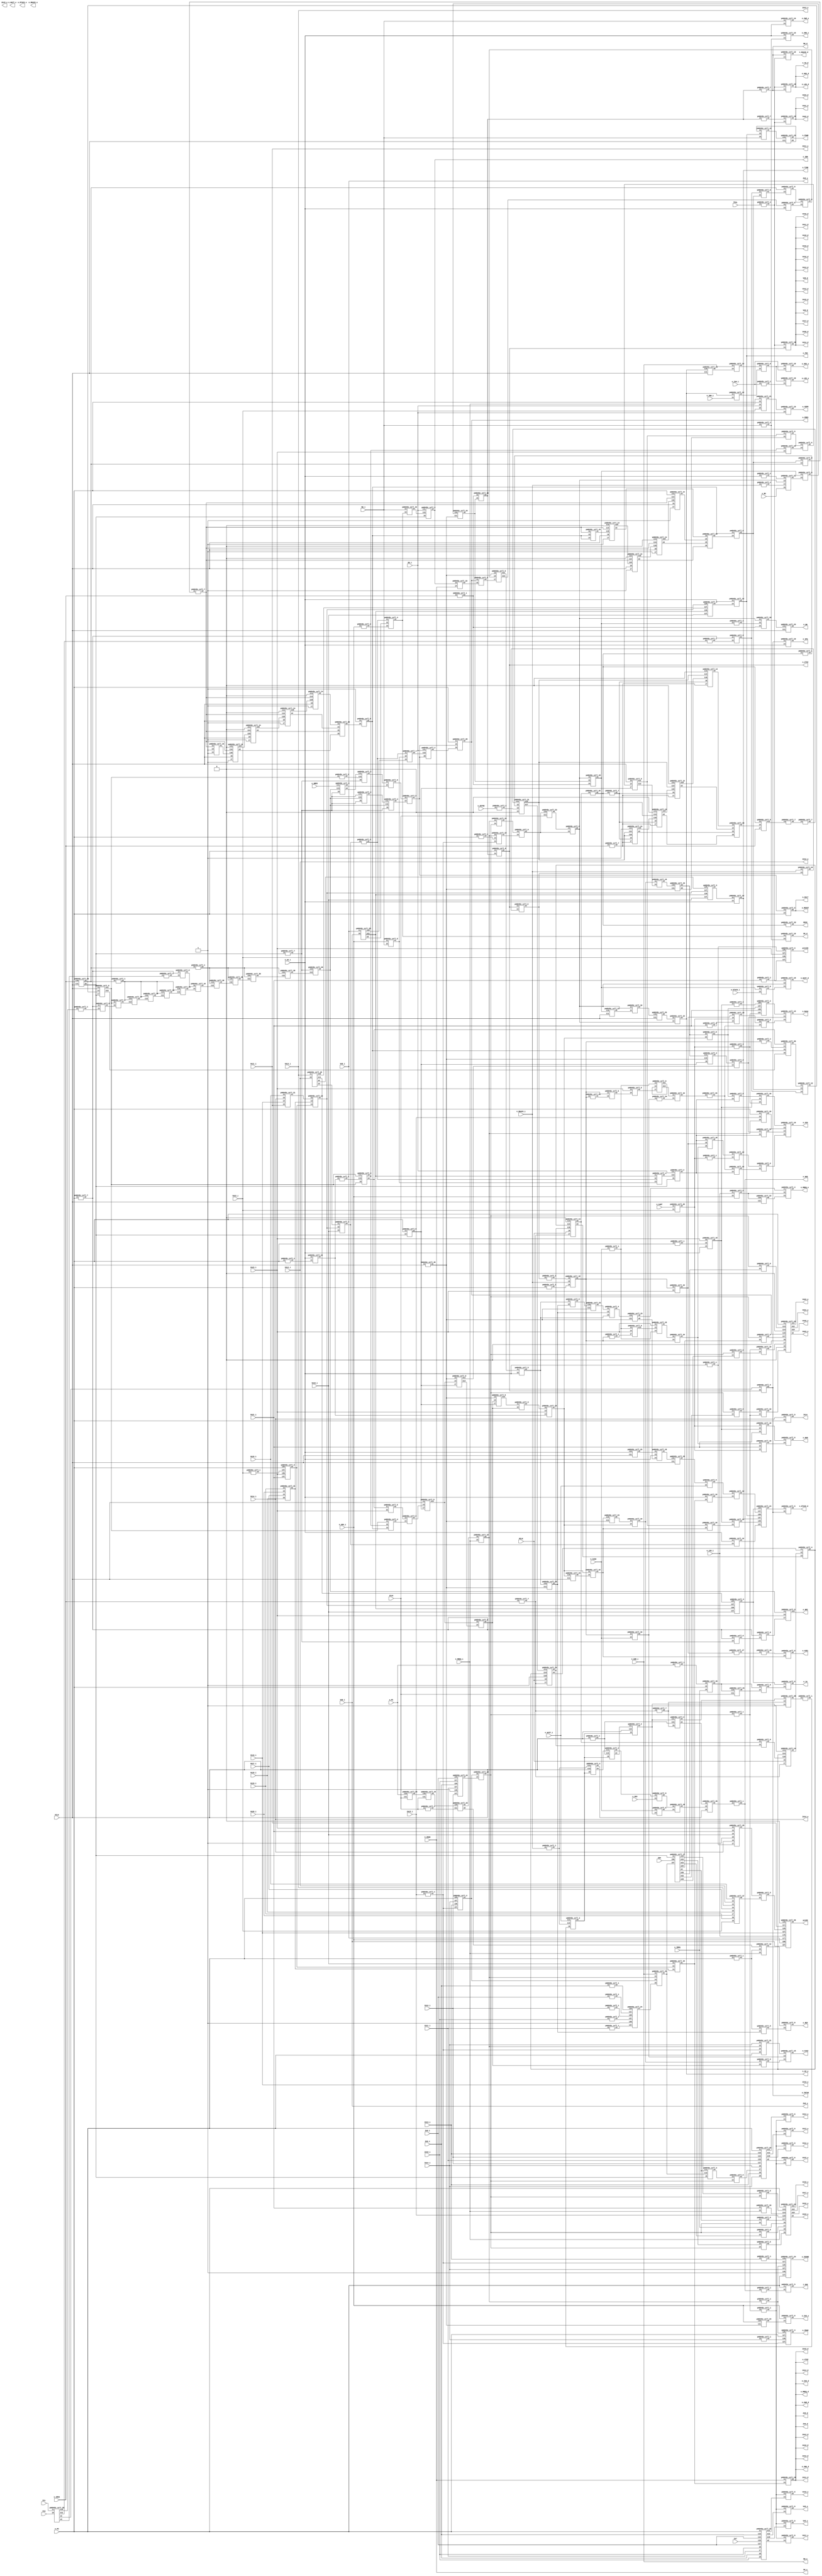
// This program was cloned from: https://github.com/emu-russia/SEGAChips
// License: Creative Commons Zero v1.0 Universal

module ym6045c (  VA8_o, VA8_d, VA8_i, VA9_o, VA9_d, VA9_i, VA10_o, VA10_d, VA10_i, VA11_o, VA11_d, VA11_i, VA12_o, VA12_d, VA12_i, VA13_o, VA13_d, VA13_i, VA14_o, VA14_d, VA14_i, VA15_o, VA15_d, VA15_i, VA16_o, VA16_d, VA16_i, VA17_o, VA17_d, VA17_i, VA18_o, VA18_d, VA18_i, VA19_o, VA19_d, VA19_i, VA20_o, VA20_d, VA20_i, VA21_o, VA21_d, VA21_i, VA22_o, VA22_d, VA22_i, VA23_o, VA23_d, VA23_i, FC0, FC1, n_VPA, n_RESET, n_HALT, D8_o, D8_d, D8_i, VCLK, n_TIME, n_CAS0, n_DTACK_o, n_DTACK_d, n_DTACK_i, RW_i, RW_d, RW_o, n_LDS_o, n_LDS_d, n_LDS_i, n_UDS_i, n_UDS_d, n_UDS_o, n_AS_o, n_AS_d, n_AS_i, n_INTAK, n_VDPM, n_BG, n_BGACK_i, n_BGACK_d, n_BGACK_o, n_BR, i_EOE, IA14, n_NOE, EDCK, n_OE0, n_HSYNC, MCLK, TPAL, n_SOUND, ZCLK, n_WRES, n_ZRAM, n_REF, n_M1, n_ZRES, n_ZBR, n_WAIT_o, n_WAIT_d, n_WAIT_i, n_ZBAK, n_ZWR_o, n_ZWR_d, n_ZWR_i, n_ZRD_i, n_ZRD_d, n_ZRD_o, n_IREQ, n_MREQ_i, n_MREQ_d, n_MREQ_o, n_NMI, n_ZA0_i, n_ZA0_d, n_ZA0_o, ZA7, ZA8_i, ZA8_d, ZA8_o, ZA9_o, ZA9_d, ZA9_i, ZA10_i, ZA10_d, ZA10_o, ZA11_o, ZA11_d, ZA11_i, ZA12_o, ZA12_d, ZA12_i, ZA13_i, ZA13_d, ZA13_o, ZA14_o, ZA14_d, ZA14_i, ZA15_i, ZA15_d, ZA15_o, ZD0, n_FDWR, n_FDC, n_ROM, n_ASEL, n_CAS2, n_RAS2, n_CE0, n_VTOZ, n_ZTOV, n_SRES, n_IO, n_M3, n_CART, pin99, pin100);

	output wire VA8_o;
	output wire VA8_d;
	input wire VA8_i;
	output wire VA9_o;
	output wire VA9_d;
	input wire VA9_i;
	output wire VA10_o;
	output wire VA10_d;
	input wire VA10_i;
	output wire VA11_o;
	output wire VA11_d;
	input wire VA11_i;
	output wire VA12_o;
	output wire VA12_d;
	input wire VA12_i;
	output wire VA13_o;
	output wire VA13_d;
	input wire VA13_i;
	output wire VA14_o;
	output wire VA14_d;
	input wire VA14_i;
	output wire VA15_o;
	output wire VA15_d;
	input wire VA15_i;
	output wire VA16_o;
	output wire VA16_d;
	input wire VA16_i;
	output wire VA17_o;
	output wire VA17_d;
	input wire VA17_i;
	output wire VA18_o;
	output wire VA18_d;
	input wire VA18_i;
	output wire VA19_o;
	output wire VA19_d;
	input wire VA19_i;
	output wire VA20_o;
	output wire VA20_d;
	input wire VA20_i;
	output wire VA21_o;
	output wire VA21_d;
	input wire VA21_i;
	output wire VA22_o;
	output wire VA22_d;
	input wire VA22_i;
	output wire VA23_o;
	output wire VA23_d;
	input wire VA23_i;
	input wire FC0;
	input wire FC1;
	output wire n_VPA;
	output wire n_RESET;
	output wire n_HALT;
	output wire D8_o;
	output wire D8_d;
	input wire D8_i;
	input wire VCLK;
	output wire n_TIME;
	input wire n_CAS0;
	output wire n_DTACK_o;
	output wire n_DTACK_d;
	input wire n_DTACK_i;
	input wire RW_i;
	output wire RW_d;
	output wire RW_o;
	output wire n_LDS_o;
	output wire n_LDS_d;
	input wire n_LDS_i;
	input wire n_UDS_i;
	output wire n_UDS_d;
	output wire n_UDS_o;
	output wire n_AS_o;
	output wire n_AS_d;
	input wire n_AS_i;
	output wire n_INTAK;
	output wire n_VDPM;
	input wire n_BG;
	input wire n_BGACK_i;
	output wire n_BGACK_d;
	output wire n_BGACK_o;
	output wire n_BR;
	output wire i_EOE;
	output wire IA14;
	output wire n_NOE;
	output wire EDCK;
	input wire n_OE0;
	input wire n_HSYNC;
	input wire MCLK;
	input wire TPAL;
	output wire n_SOUND;
	input wire ZCLK;
	input wire n_WRES;
	output wire n_ZRAM;
	output wire n_REF;
	input wire n_M1;
	output wire n_ZRES;
	output wire n_ZBR;
	output wire n_WAIT_o;
	output wire n_WAIT_d;
	input wire n_WAIT_i;
	input wire n_ZBAK;
	output wire n_ZWR_o;
	output wire n_ZWR_d;
	input wire n_ZWR_i;
	input wire n_ZRD_i;
	output wire n_ZRD_d;
	output wire n_ZRD_o;
	input wire n_IREQ;
	input wire n_MREQ_i;
	output wire n_MREQ_d;
	output wire n_MREQ_o;
	output wire n_NMI;
	input wire n_ZA0_i;
	output wire n_ZA0_d;
	output wire n_ZA0_o;
	input wire ZA7;
	input wire ZA8_i;
	output wire ZA8_d;
	output wire ZA8_o;
	output wire ZA9_o;
	output wire ZA9_d;
	input wire ZA9_i;
	input wire ZA10_i;
	output wire ZA10_d;
	output wire ZA10_o;
	output wire ZA11_o;
	output wire ZA11_d;
	input wire ZA11_i;
	output wire ZA12_o;
	output wire ZA12_d;
	input wire ZA12_i;
	input wire ZA13_i;
	output wire ZA13_d;
	output wire ZA13_o;
	output wire ZA14_o;
	output wire ZA14_d;
	input wire ZA14_i;
	input wire ZA15_i;
	output wire ZA15_d;
	output wire ZA15_o;
	input wire ZD0;
	output wire n_FDWR;
	output wire n_FDC;
	output wire n_ROM;
	output wire n_ASEL;
	output wire n_CAS2;
	output wire n_RAS2;
	output wire n_CE0;
	output wire n_VTOZ;
	output wire n_ZTOV;
	input wire n_SRES;
	output wire n_IO;
	input wire n_M3;
	input wire n_CART;
	output wire pin99;
	output wire pin100;

	// Wires

	wire w1;
	wire w2;
	wire w3;
	wire w4;
	wire w5;
	wire w6;
	wire w7;
	wire w8;
	wire w9;
	wire w10;
	wire w11;
	wire w12;
	wire w13;
	wire w14;
	wire w15;
	wire w16;
	wire w17;
	wire w18;
	wire w19;
	wire w20;
	wire w21;
	wire w22;
	wire w23;
	wire w24;
	wire w25;
	wire w26;
	wire w27;
	wire w28;
	wire w29;
	wire w30;
	wire w31;
	wire w32;
	wire w33;
	wire w34;
	wire w35;
	wire w36;
	wire w37;
	wire w38;
	wire w39;
	wire w40;
	wire w41;
	wire w42;
	wire w43;
	wire w44;
	wire w45;
	wire w46;
	wire w47;
	wire w48;
	wire w49;
	wire w50;
	wire w51;
	wire w52;
	wire w53;
	wire w54;
	wire w55;
	wire w56;
	wire w57;
	wire w58;
	wire w59;
	wire w60;
	wire w61;
	wire w62;
	wire w63;
	wire w64;
	wire w65;
	wire w66;
	wire w67;
	wire w68;
	wire w69;
	wire w70;
	wire w71;
	wire w72;
	wire w73;
	wire w74;
	wire w75;
	wire w76;
	wire w77;
	wire w78;
	wire w79;
	wire w80;
	wire w81;
	wire w82;
	wire w83;
	wire w84;
	wire w85;
	wire w86;
	wire w87;
	wire w88;
	wire w89;
	wire w90;
	wire w91;
	wire w92;
	wire w93;
	wire w94;
	wire w95;
	wire w96;
	wire w97;
	wire w98;
	wire w99;
	wire w100;
	wire w101;
	wire w102;
	wire w103;
	wire w104;
	wire w105;
	wire w106;
	wire w107;
	wire w108;
	wire w109;
	wire w110;
	wire w111;
	wire w112;
	wire w113;
	wire w114;
	wire w115;
	wire w116;
	wire w117;
	wire w118;
	wire w119;
	wire w120;
	wire w121;
	wire w122;
	wire w123;
	wire w124;
	wire w125;
	wire w126;
	wire w127;
	wire w128;
	wire w129;
	wire w130;
	wire w131;
	wire w132;
	wire w133;
	wire w134;
	wire w135;
	wire w136;
	wire w137;
	wire w138;
	wire w139;
	wire w140;
	wire w141;
	wire w142;
	wire w143;
	wire w144;
	wire w145;
	wire w146;
	wire w147;
	wire w148;
	wire w149;
	wire w150;
	wire w151;
	wire w152;
	wire w153;
	wire w154;
	wire w155;
	wire w156;
	wire w157;
	wire w158;
	wire w159;
	wire w160;
	wire w161;
	wire w162;
	wire w163;
	wire w164;
	wire w165;
	wire w166;
	wire w167;
	wire w168;
	wire w169;
	wire w170;
	wire w171;
	wire w172;
	wire w173;
	wire w174;
	wire w175;
	wire w176;
	wire w177;
	wire w178;
	wire w179;
	wire w180;
	wire w181;
	wire w182;
	wire w183;
	wire w184;
	wire w185;
	wire w186;
	wire w187;
	wire w188;
	wire w189;
	wire w190;
	wire w191;
	wire w192;
	wire w193;
	wire w194;
	wire w195;
	wire w196;
	wire w197;
	wire w198;
	wire w199;
	wire w200;
	wire w201;
	wire w202;
	wire w203;
	wire w204;
	wire w205;
	wire w206;
	wire w207;
	wire w208;
	wire w209;
	wire w210;
	wire w211;
	wire w212;
	wire w213;
	wire w214;
	wire w215;
	wire w216;
	wire w217;
	wire w218;
	wire w219;
	wire w220;
	wire w221;
	wire w222;
	wire w223;
	wire w224;
	wire w225;
	wire w226;
	wire w227;
	wire w228;
	wire w229;
	wire w230;
	wire w231;
	wire w232;
	wire w233;
	wire w234;
	wire w235;
	wire w236;
	wire w237;
	wire w238;
	wire w239;
	wire w240;
	wire w241;
	wire w242;
	wire w243;
	wire w244;
	wire w245;
	wire w246;
	wire w247;
	wire w248;
	wire w249;
	wire w250;
	wire w251;
	wire w252;
	wire w253;
	wire w254;
	wire w255;
	wire w256;
	wire w257;
	wire w258;
	wire w259;
	wire w260;
	wire w261;
	wire w262;
	wire w263;
	wire w264;
	wire w265;
	wire w266;
	wire w267;
	wire w268;
	wire w269;
	wire w270;
	wire w271;
	wire w272;
	wire w273;
	wire w274;
	wire w275;
	wire w276;
	wire w277;
	wire w278;
	wire w279;
	wire w280;
	wire w281;
	wire w282;
	wire w283;
	wire w284;
	wire w285;
	wire w286;
	wire w287;
	wire w288;
	wire w289;
	wire w290;
	wire w291;
	wire w292;
	wire w293;
	wire w294;
	wire w295;
	wire w296;
	wire w297;
	wire w298;
	wire w299;
	wire w300;
	wire w301;
	wire w302;
	wire w303;
	wire w304;
	wire w305;
	wire w306;
	wire w307;
	wire w308;
	wire w309;
	wire w310;
	wire w311;
	wire w312;
	wire w313;
	wire w314;
	wire w315;
	wire w316;
	wire w317;
	wire w318;
	wire w319;
	wire w320;
	wire w321;
	wire w322;
	wire w323;
	wire w324;
	wire w325;
	wire w326;
	wire w327;
	wire w328;
	wire w329;
	wire w330;
	wire w331;
	wire w332;
	wire w333;
	wire w334;
	wire w335;
	wire w336;
	wire w337;
	wire w338;
	wire w339;
	wire w340;
	wire w341;
	wire w342;
	wire w343;
	wire w344;
	wire w345;
	wire w346;
	wire w347;
	wire w348;
	wire w349;
	wire w350;
	wire w351;
	wire w352;
	wire w353;
	wire w354;
	wire w355;
	wire w356;
	wire w357;
	wire w358;
	wire w359;
	wire w360;
	wire w361;
	wire w362;
	wire w363;
	wire w364;
	wire w365;
	wire w366;
	wire w367;
	wire w368;
	wire w369;
	wire w370;
	wire w371;
	wire w372;
	wire w373;
	wire w374;
	wire w375;
	wire w376;
	wire w377;
	wire w378;
	wire w379;
	wire w380;
	wire w381;
	wire w382;
	wire w383;
	wire w384;
	wire w385;
	wire w386;
	wire w387;
	wire w388;
	wire w389;
	wire w390;
	wire w391;
	wire w392;
	wire w393;
	wire w394;
	wire w395;
	wire w396;
	wire w397;
	wire w398;
	wire w399;
	wire w400;
	wire w401;
	wire w402;
	wire w403;
	wire w404;
	wire w405;
	wire w406;
	wire w407;
	wire w408;
	wire w409;
	wire w410;
	wire w411;
	wire w412;
	wire w413;
	wire w414;
	wire w415;
	wire w416;
	wire w417;
	wire w418;
	wire w419;
	wire w420;
	wire w421;
	wire w422;
	wire w423;
	wire w424;
	wire w425;
	wire w426;
	wire w427;
	wire w428;
	wire w429;
	wire w430;
	wire w431;
	wire w432;
	wire w433;
	wire w434;
	wire w435;
	wire w436;
	wire w437;
	wire w438;
	wire w439;
	wire w440;
	wire w441;
	wire w442;
	wire w443;
	wire w444;
	wire w445;
	wire w446;
	wire w447;
	wire w448;
	wire w449;
	wire w450;
	wire w451;
	wire w452;
	wire w453;
	wire w454;
	wire w455;
	wire w456;
	wire w457;
	wire w458;
	wire w459;
	wire w460;
	wire w461;
	wire w462;
	wire w463;
	wire w464;
	wire w465;
	wire w466;
	wire w467;

	assign VA8_o = w451;
	assign VA8_d = w461;
	assign w92 = VA8_i;
	assign VA9_o = w452;
	assign VA9_d = w461;
	assign w51 = VA9_i;
	assign VA10_o = w453;
	assign VA10_d = w461;
	assign w62 = VA10_i;
	assign VA11_o = w450;
	assign VA11_d = w461;
	assign w61 = VA11_i;
	assign VA12_o = w454;
	assign VA12_d = w461;
	assign w299 = VA12_i;
	assign VA13_o = w455;
	assign VA13_d = w461;
	assign w314 = VA13_i;
	assign VA14_o = w456;
	assign VA14_d = w461;
	assign w110 = VA14_i;
	assign VA15_o = w457;
	assign VA15_d = w461;
	assign w365 = VA15_i;
	assign VA16_o = w465;
	assign VA16_d = w461;
	assign w113 = VA16_i;
	assign VA17_o = w354;
	assign VA17_d = w461;
	assign w370 = VA17_i;
	assign VA18_o = w458;
	assign VA18_d = w461;
	assign w372 = VA18_i;
	assign VA19_o = w459;
	assign VA19_d = w461;
	assign w371 = VA19_i;
	assign VA20_o = w467;
	assign VA20_d = w461;
	assign w381 = VA20_i;
	assign VA21_o = w397;
	assign VA21_d = w462;
	assign w23 = VA21_i;
	assign VA22_o = w396;
	assign VA22_d = w462;
	assign w294 = VA22_i;
	assign VA23_o = w460;
	assign VA23_d = w462;
	assign w66 = VA23_i;
	assign w399 = FC0;
	assign w398 = FC1;
	assign n_VPA = w400;
	assign n_RESET = w463;
	assign n_HALT = w463;
	assign D8_o = w71;
	assign D8_d = w413;
	assign w190 = D8_i;
	assign w188 = VCLK;
	assign n_TIME = w289;
	assign w291 = n_CAS0;
	assign n_DTACK_o = w162;
	assign n_DTACK_d = w161;
	assign w220 = n_DTACK_i;
	assign w56 = RW_i;
	assign RW_d = w160;
	assign RW_o = w63;
	assign n_LDS_o = w120;
	assign n_LDS_d = w464;
	assign w191 = n_LDS_i;
	assign w192 = n_UDS_i;
	assign n_UDS_d = w464;
	assign n_UDS_o = w116;
	assign n_AS_o = w122;
	assign n_AS_d = w464;
	assign w82 = n_AS_i;
	assign n_INTAK = w280;
	assign n_VDPM = w121;
	assign w126 = n_BG;
	assign w217 = n_BGACK_i;
	assign n_BGACK_d = w119;
	assign n_BGACK_o = w115;
	assign n_BR = w117;
	assign i_EOE = w151;
	assign IA14 = w153;
	assign n_NOE = w158;
	assign EDCK = w155;
	assign w112 = n_OE0;
	assign w100 = n_HSYNC;
	assign w149 = MCLK;
	assign w118 = TPAL;
	assign n_SOUND = w108;
	assign w157 = ZCLK;
	assign w67 = n_WRES;
	assign n_ZRAM = w69;
	assign n_REF = w96;
	assign w104 = n_M1;
	assign n_ZRES = w94;
	assign n_ZBR = w93;
	assign n_WAIT_o = w68;
	assign n_WAIT_d = w105;
	assign w111 = n_WAIT_i;
	assign w71 = n_ZBAK;
	assign n_ZWR_o = w75;
	assign n_ZWR_d = w70;
	assign w63 = n_ZWR_i;
	assign w102 = n_ZRD_i;
	assign n_ZRD_d = w70;
	assign n_ZRD_o = w95;
	assign w109 = n_IREQ;
	assign w125 = n_MREQ_i;
	assign n_MREQ_d = w70;
	assign n_MREQ_o = w103;
	assign n_NMI = w74;
	assign w123 = n_ZA0_i;
	assign n_ZA0_d = w70;
	assign n_ZA0_o = w73;
	assign w20 = ZA7;
	assign w27 = ZA8_i;
	assign ZA8_d = w70;
	assign ZA8_o = w92;
	assign ZA9_o = w51;
	assign ZA9_d = w70;
	assign w21 = ZA9_i;
	assign w19 = ZA10_i;
	assign ZA10_d = w70;
	assign ZA10_o = w62;
	assign ZA11_o = w61;
	assign ZA11_d = w70;
	assign w39 = ZA11_i;
	assign ZA12_o = w299;
	assign ZA12_d = w70;
	assign w40 = ZA12_i;
	assign w55 = ZA13_i;
	assign ZA13_d = w70;
	assign ZA13_o = w314;
	assign ZA14_o = w110;
	assign ZA14_d = w70;
	assign w239 = ZA14_i;
	assign w34 = ZA15_i;
	assign ZA15_d = w70;
	assign ZA15_o = w1;
	assign w245 = ZD0;
	assign n_FDWR = w50;
	assign n_FDC = w91;
	assign n_ROM = w29;
	assign n_ASEL = w2;
	assign n_CAS2 = w49;
	assign n_RAS2 = w64;
	assign n_CE0 = w22;
	assign n_VTOZ = w70;
	assign n_ZTOV = w281;
	assign w107 = n_SRES;
	assign n_IO = w106;
	assign w37 = n_M3;
	assign w300 = n_CART;
	assign pin99 = w83;
	assign pin100 = w326;

	// Instances

	ym6045c_cell_1 g1 (.i2(w140), .o3(w158) );
	ym6045c_cell_6 g2 (.o2(w148), .i3(w142), .i4(w144) );
	ym6045c_cell_5 g3 (.i1(w37), .i2(w128), .o3(w151) );
	ym6045c_cell_7 g4 (.o2(w156), .i3(w152) );
	ym6045c_cell_5 g5 (.i1(w110), .i2(w37), .o3(w153) );
	ym6045c_cell_4 g6 (.i1(w143), .i2(w150), .i3(w141), .o4(w139) );
	ym6045c_cell_16 g7 (.o2(w97), .i4(w142) );
	ym6045c_cell_14 g8 (.o2(w144), .o3(w143), .i6(w149), .i7(w114), .i13(w154), .i14(w139), .i18(1'b1) );
	ym6045c_cell_14 g9 (.o3(w150), .i6(w149), .i7(w114), .i13(1'b1), .i14(w139), .i18(w148) );
	ym6045c_cell_1 g10 (.i2(w97), .o3(w99) );
	ym6045c_cell_1 g11 (.i2(w100), .o3(w101) );
	ym6045c_cell_7 g12 (.o2(w114), .i3(w107) );
	ym6045c_cell_29 g13 (.o1(w65), .i2(w66), .i3(w23), .i4(w113), .i5(1'b1), .i6(w110), .i7(w207) );
	ym6045c_cell_7 g14 (.o2(w130), .i3(w97) );
	ym6045c_cell_30 g15 (.o2(w134), .i3(w136), .i4(w135), .i5(w129), .i6(w137) );
	ym6045c_cell_14 g16 (.o3(w136), .i6(w130), .i7(w132), .i13(1'b0), .i14(w124), .i18(w133) );
	ym6045c_cell_14 g17 (.o3(w135), .i6(w130), .i7(w132), .i13(1'b0), .i14(w124), .o15(w133), .i18(w145) );
	ym6045c_cell_14 g18 (.o3(w137), .i6(w130), .i7(w132), .i13(1'b0), .i14(w124), .o15(w145), .i18(w131) );
	ym6045c_cell_14 g19 (.o2(w142), .o3(w141), .i6(w149), .i7(w114), .i13(1'b0), .i14(w139), .i18(w144) );
	ym6045c_cell_9 g20 (.i3(w97), .i4(w134), .i7(w132), .o11(w127) );
	ym6045c_cell_31 g21 (.i2(w99), .i3(w101), .i4(1'b0), .i13(w156), .o16(w124), .o17(w154) );
	ym6045c_cell_32 g22 (.i1(w97), .o2(w155) );
	ym6045c_cell_27 g23 (.i2(1'b0) );
	ym6045c_cell_33 g24 (.i2(1'b0) );
	ym6045c_cell_6 g25 (.o2(w2), .i3(w3), .i4(w4) );
	ym6045c_cell_34 g26 (.o1(w3), .i2(w11) );
	ym6045c_cell_19 g27 (.o1(w22), .i2(w5), .i3(w14), .i4(w7), .i5(w15) );
	ym6045c_cell_10 g28 (.i2(w8), .o3(w7), .i4(w13) );
	ym6045c_cell_8 g29 (.o1(w12), .i2(w9), .i3(w13) );
	ym6045c_cell_18 g30 (.o1(w5), .i2(w12), .i3(w16), .i4(w18) );
	ym6045c_cell_1 g31 (.i2(w16), .o3(w6) );
	ym6045c_cell_3 g32 (.i2h(w6), .i2l(w9), .i3h(w23), .i3l(w18), .o4(w17) );
	ym6045c_cell_15 g33 (.o1(w64), .i2(w17), .i3(w8), .i4(w10) );
	ym6045c_cell_27 g34 (.o1(w11), .i2(w36) );
	ym6045c_cell_18 g35 (.o1(w14), .i2(w37), .i3(w34), .i4(w35) );
	ym6045c_cell_1 g36 (.i2(w27), .o3(w30) );
	ym6045c_cell_1 g37 (.i2(w19), .o3(w32) );
	ym6045c_cell_24 g38 (.i1h(w26), .i1l(w30), .i2h(w25), .i2l(w32), .i4h(1'b1), .i4l(w31), .o7(w38) );
	ym6045c_cell_1 g39 (.i2(w40), .o3(w25) );
	ym6045c_cell_1 g40 (.i2(w39), .o3(w31) );
	ym6045c_cell_24 g41 (.i1h(w27), .i1l(w19), .i2h(w21), .i2l(w39), .i4h(1'b1), .i4l(w40), .o7(w33) );
	ym6045c_cell_1 g42 (.i2(w21), .o3(w26) );
	ym6045c_cell_6 g43 (.o2(w29), .i3(w43), .i4(w248) );
	ym6045c_cell_15 g44 (.o1(w49), .i2(w54), .i3(w279), .i4(w87) );
	ym6045c_cell_21 g45 (.o1(w54), .i2(w239), .i3(w35), .i4(w60), .i5(w37) );
	ym6045c_cell_23 g46 (.o2(w50), .o5(w53), .i10(w52), .i11(w188) );
	ym6045c_cell_12 g47 (.o1(w52), .i2(w53), .i3(w91), .i4(w56) );
	ym6045c_cell_1 g48 (.i2(w34), .o3(w60) );
	ym6045c_cell_10 g49 (.i2(w59), .o3(w58), .i4(w33) );
	ym6045c_cell_6 g50 (.o2(w41), .i3(w57), .i4(w58) );
	ym6045c_cell_3 g51 (.i2h(w37), .i2l(w239), .i3h(w55), .i3l(w60), .o4(w59) );
	ym6045c_cell_21 g52 (.o1(w236), .i2(w63), .i3(w35), .i4(w59), .i5(w38) );
	ym6045c_cell_2 g53 (.o4(w57), .i9(w247), .i11(w237), .i13(w236) );
	ym6045c_cell_33 g54 (.o1(w44), .i2(w238) );
	ym6045c_cell_9 g55 (.i3(w235), .i4(w66), .i7(w234), .o13(w74) );
	ym6045c_cell_10 g56 (.i2(w56), .o3(w75), .i4(w82) );
	ym6045c_cell_6 g57 (.o2(w73), .i3(w192), .i4(w233) );
	ym6045c_cell_23 g58 (.o5(w233), .i10(w192), .i11(w193) );
	ym6045c_cell_1 g59 (.i2(w55), .o3(w76) );
	ym6045c_cell_1 g60 (.i2(w35), .o3(w78) );
	ym6045c_cell_5 g61 (.i1(w65), .i2(w244), .o3(w90) );
	ym6045c_cell_24 g62 (.i1h(w76), .i1l(w60), .i2h(w78), .i2l(w239), .i4h(1'b1), .i4l(w37), .o7(w108) );
	ym6045c_cell_3 g63 (.i2h(w78), .i2l(w37), .i3h(w72), .i3l(w60), .o4(w69) );
	ym6045c_cell_1 g64 (.i2(w239), .o3(w72) );
	ym6045c_cell_10 g65 (.i2(w71), .o3(w70), .i4(w258) );
	ym6045c_cell_2 g66 (.o2(w275), .o4(w260), .i9(w259), .i11(w67), .i13(w235) );
	ym6045c_cell_2 g67 (.o4(w264), .i9(w259), .i11(w260), .i13(w262) );
	ym6045c_cell_8 g68 (.o1(w261), .i2(w264), .i3(w275) );
	ym6045c_cell_6 g69 (.o2(w106), .i3(w175), .i4(w278) );
	ym6045c_cell_18 g70 (.o1(w267), .i2(w265), .i3(w37), .i4(w109) );
	ym6045c_cell_6 g71 (.o2(w278), .i3(w267), .i4(w266) );
	ym6045c_cell_23 g72 (.o5(w266), .i10(w267), .i11(w157) );
	ym6045c_cell_8 g73 (.o1(w269), .i2(w192), .i3(w56) );
	ym6045c_cell_1 g74 (.i2(w104), .o3(w265) );
	ym6045c_cell_23 g75 (.o2(w295), .o5(w247), .i10(w107), .i11(w188) );
	ym6045c_cell_10 g76 (.i2(w82), .o3(w95), .i4(w185) );
	ym6045c_cell_8 g77 (.o1(w183), .i2(w184), .i3(w82) );
	ym6045c_cell_2 g78 (.o2(w93), .i9(w247), .i11(w190), .i13(w186) );
	ym6045c_cell_10 g79 (.i2(w56), .o3(w186), .i4(w179) );
	ym6045c_cell_4 g80 (.i1(w187), .i2(w168), .i3(w189), .o4(w103) );
	ym6045c_cell_23 g81 (.o5(w189), .i10(w168), .i11(w188) );
	ym6045c_cell_10 g82 (.i2(w93), .o3(w170), .i4(w71) );
	ym6045c_cell_5 g83 (.i1(w94), .i2(w170), .o3(w167) );
	ym6045c_cell_35 g84 (.o1(w193), .i2(w188) );
	ym6045c_cell_8 g85 (.o1(w96), .i2(w221), .i3(w194) );
	ym6045c_cell_1 g86 (.i2(w56), .o3(w185) );
	ym6045c_cell_5 g87 (.i1(w191), .i2(w192), .o3(w168) );
	ym6045c_cell_6 g88 (.o2(w195), .i3(w172), .i4(w112) );
	ym6045c_cell_7 g89 (.o2(w223), .i3(w114) );
	ym6045c_cell_1 g90 (.i2(w107), .o3(w224) );
	ym6045c_cell_18 g91 (.o1(w226), .i2(w204), .i3(w197), .i4(w224) );
	ym6045c_cell_1 g92 (.i2(w198), .o3(w197) );
	ym6045c_cell_23 g93 (.o5(w196), .i10(w198), .i11(w188) );
	ym6045c_cell_18 g94 (.o1(w105), .i2(w159), .i3(w204), .i4(w205) );
	ym6045c_cell_10 g95 (.i2(w204), .o3(w199), .i4(w196) );
	ym6045c_cell_1 g96 (.i2(w82), .o3(w207) );
	ym6045c_cell_7 g97 (.o2(w132), .i3(w107) );
	ym6045c_cell_14 g98 (.o3(w129), .i6(w130), .i7(w132), .i13(1'b1), .i14(w124), .o15(w131), .i18(w124) );
	ym6045c_cell_1 g99 (.i2(w82), .o3(w201) );
	ym6045c_cell_21 g100 (.o1(w202), .i2(w201), .i3(w204), .i4(w200), .i5(w126) );
	ym6045c_cell_23 g101 (.o5(w211), .i10(w199), .i11(w188) );
	ym6045c_cell_10 g102 (.i2(w211), .o3(w122), .i4(w204) );
	ym6045c_cell_1 g103 (.i2(w158), .o3(w128) );
	ym6045c_cell_23 g104 (.o5(w447), .i10(w122), .i11(w188) );
	ym6045c_cell_10 g105 (.i2(w63), .o3(w212), .i4(w447) );
	ym6045c_cell_10 g106 (.i2(w122), .o3(w215), .i4(w102) );
	ym6045c_cell_6 g107 (.o2(w208), .i3(w212), .i4(w215) );
	ym6045c_cell_10 g108 (.i2(w210), .o3(w121), .i4(w190) );
	ym6045c_cell_1 g109 (.i2(w123), .o3(w209) );
	ym6045c_cell_10 g110 (.i2(w208), .o3(w116), .i4(w123) );
	ym6045c_cell_10 g111 (.i2(w208), .o3(w120), .i4(w209) );
	ym6045c_cell_7 g112 (.o2(w152), .i3(w127) );
	ym6045c_cell_23 g113 (.o5(w117), .i10(w226), .i11(w188) );
	ym6045c_cell_1 g114 (.i2(w118), .o3(w159) );
	ym6045c_cell_10 g115 (.i2(w160), .o3(w119), .i4(w159) );
	ym6045c_cell_27 g116 (.i2(1'b0) );
	ym6045c_cell_33 g117 (.i2(1'b0) );
	ym6045c_cell_22 g118 (.i1(w37), .o2(w253), .i6(w19), .i7(w39), .i8(w21), .i9(w19), .o11(w255), .o12(w254), .i13(w21), .i14(w27), .i15(w20), .i17(w27), .o19(w251) );
	ym6045c_cell_1 g119 (.i2(w45), .o3(w18) );
	ym6045c_cell_26 g120 (.i2(w300), .i4(w294), .o5(w45) );
	ym6045c_cell_1 g121 (.i2(w23), .o3(w448) );
	ym6045c_cell_18 g122 (.o1(w42), .i2(w36), .i3(w45), .i4(w448) );
	ym6045c_cell_6 g123 (.o2(w10), .i3(w42), .i4(w44) );
	ym6045c_cell_18 g124 (.o1(w43), .i2(w45), .i3(w16), .i4(w23) );
	ym6045c_cell_22 g125 (.i1(w37), .o2(w250), .i6(w239), .i7(w41), .i8(w55), .i9(w239), .o11(w249), .o12(w303), .i13(w55), .i14(w40), .i15(w39), .i17(w40), .o19(w256) );
	ym6045c_cell_1 g126 (.i2(w45), .o3(w46) );
	ym6045c_cell_18 g127 (.o1(w248), .i2(w80), .i3(w23), .i4(w45) );
	ym6045c_cell_6 g128 (.o2(w15), .i3(w47), .i4(w88) );
	ym6045c_cell_6 g129 (.o2(w87), .i3(w84), .i4(w85) );
	ym6045c_cell_10 g130 (.i2(w48), .o3(w47), .i4(w46) );
	ym6045c_cell_28 g131 (.i1(w13), .o2(w48), .i5(w36), .i6(w80) );
	ym6045c_cell_10 g132 (.i2(w44), .o3(w88), .i4(w13) );
	ym6045c_cell_10 g133 (.i2(w301), .o3(w36), .i4(w66) );
	ym6045c_cell_10 g134 (.i2(w16), .o3(w81), .i4(w302) );
	ym6045c_cell_18 g135 (.o1(w16), .i2(w66), .i3(w86), .i4(w82) );
	ym6045c_cell_1 g136 (.i2(w37), .o3(w86) );
	ym6045c_cell_8 g137 (.o1(w234), .i2(w240), .i3(w89) );
	ym6045c_cell_8 g138 (.o1(w89), .i2(w240), .i3(w259) );
	ym6045c_cell_36 g139 (.i1h(1'b0), .i1l(w61), .i2h(w90), .i2l(w62), .o3(w83), .i7h(w191), .i7l(w51), .i8h(w192), .i8l(w92) );
	ym6045c_cell_17 g140 (.i2(w247), .o3(w237), .o10(w313), .o16(w241), .o23(w310), .o29(w242), .o36(w243), .o42(w298), .o49(w297), .i56(w245), .i57(w236) );
	ym6045c_cell_10 g141 (.i2(w257), .o3(w238), .i4(w246) );
	ym6045c_cell_34 g142 (.o1(w246), .i2(w279) );
	ym6045c_cell_8 g143 (.o1(w312), .i2(w261), .i3(w311) );
	ym6045c_cell_25 g144 (.i1(w314), .o2(w263), .o3(w276), .i6(w299), .o10(w273), .o11(w277) );
	ym6045c_cell_4 g145 (.i1(w276), .i2(w315), .i3(w113), .o4(w174) );
	ym6045c_cell_3 g146 (.i2h(w273), .i2l(w315), .i3h(w270), .i3l(w113), .o4(w274) );
	ym6045c_cell_3 g147 (.i2h(w263), .i2l(w315), .i3h(w270), .i3l(w113), .o4(w180) );
	ym6045c_cell_3 g148 (.i2h(w277), .i2l(w315), .i3h(w270), .i3l(w113), .o4(w175) );
	ym6045c_cell_10 g149 (.i2(w82), .o3(w91), .i4(w274) );
	ym6045c_cell_1 g150 (.i2(w37), .o3(w272) );
	ym6045c_cell_18 g151 (.o1(w230), .i2(w35), .i3(w272), .i4(w60) );
	ym6045c_cell_25 g152 (.i1(w51), .o3(w181), .i6(w92), .o10(w271), .o11(w270) );
	ym6045c_cell_4 g153 (.i1(w232), .i2(w269), .i3(w271), .o4(w283) );
	ym6045c_cell_4 g154 (.i1(w270), .i2(w232), .i3(w269), .o4(w268) );
	ym6045c_cell_2 g155 (.o2(w13), .i9(w247), .i11(w190), .i13(w268) );
	ym6045c_cell_10 g156 (.i2(w35), .o3(w231), .i4(w58) );
	ym6045c_cell_6 g157 (.o2(w216), .i3(w231), .i4(w230) );
	ym6045c_cell_8 g158 (.o1(w177), .i2(w182), .i3(w183) );
	ym6045c_cell_1 g159 (.i2(w174), .o3(w232) );
	ym6045c_cell_4 g160 (.i1(w232), .i2(w181), .i3(w178), .o4(w179) );
	ym6045c_cell_1 g161 (.i2(w192), .o3(w178) );
	ym6045c_cell_9 g162 (.i3(w193), .i4(w177), .i7(w167), .o11(w176), .o13(w184) );
	ym6045c_cell_10 g163 (.i2(w82), .o3(w169), .i4(w258) );
	ym6045c_cell_10 g164 (.i2(w82), .o3(w290), .i4(w174) );
	ym6045c_cell_24 g165 (.i1h(w175), .i1l(w287), .i2h(w91), .i2l(w289), .i4h(w81), .i4l(w290), .o7(w165) );
	ym6045c_cell_10 g166 (.i2(w180), .o3(w289), .i4(w82) );
	ym6045c_cell_10 g167 (.i2(w171), .o3(w287), .i4(w169) );
	ym6045c_cell_5 g168 (.i1(w218), .i2(w111), .o3(w171) );
	ym6045c_cell_10 g169 (.i2(w195), .o3(w173), .i4(w288) );
	ym6045c_cell_39 g170 (.o1(w140), .i2(w293), .i3(w173), .i4(w292) );
	ym6045c_cell_21 g171 (.o1(w210), .i2(w37), .i3(w125), .i4(w190), .i5(w294) );
	ym6045c_cell_12 g172 (.o1(w221), .i2(w286), .i3(w222), .i4(w125) );
	ym6045c_cell_8 g173 (.o1(w194), .i2(w222), .i3(w285) );
	ym6045c_cell_1 g174 (.i2(w37), .o3(w222) );
	ym6045c_cell_6 g175 (.o2(w281), .i3(w37), .i4(w225) );
	ym6045c_cell_10 g176 (.i2(w224), .o3(w225), .i4(w206) );
	ym6045c_cell_18 g177 (.o1(w198), .i2(w204), .i3(w206), .i4(w224) );
	ym6045c_cell_5 g178 (.i1(w176), .i2(w82), .o3(w229) );
	ym6045c_cell_8 g179 (.o1(w205), .i2(w198), .i3(w220) );
	ym6045c_cell_23 g180 (.o5(w219), .i10(w104), .i11(w157) );
	ym6045c_cell_23 g181 (.o5(w228), .i10(w219), .i11(w157) );
	ym6045c_cell_6 g182 (.o2(w214), .i3(w198), .i4(w202) );
	ym6045c_cell_23 g183 (.o5(w206), .i10(w214), .i11(w193) );
	ym6045c_cell_23 g184 (.o2(w187), .o5(w166), .i10(w284), .i11(w193) );
	ym6045c_cell_1 g185 (.i2(w217), .o3(w200) );
	ym6045c_cell_23 g186 (.o5(w213), .i10(w216), .i11(w157) );
	ym6045c_cell_6 g187 (.o2(w204), .i3(w213), .i4(w216) );
	ym6045c_cell_7 g188 (.o2(w160), .i3(w225) );
	ym6045c_cell_6 g189 (.o2(w282), .i3(w281), .i4(w227) );
	ym6045c_cell_10 g190 (.i2(w217), .o3(w227), .i4(w282) );
	ym6045c_cell_23 g191 (.o2(w218), .i10(w164), .i11(w188) );
	ym6045c_cell_18 g192 (.o1(w164), .i2(w163), .i3(w82), .i4(w166) );
	ym6045c_cell_23 g193 (.o5(w163), .i10(w82), .i11(w188) );
	ym6045c_cell_5 g194 (.i1(w165), .i2(w280), .o3(w161) );
	ym6045c_cell_30 g195 (.o2(w339), .i3(w317), .i4(w327), .i5(w325), .i6(w329) );
	ym6045c_cell_5 g196 (.i1(w330), .i2(w331), .o3(w318) );
	ym6045c_cell_6 g197 (.o2(w319), .i3(w318), .i4(w337) );
	ym6045c_cell_9 g198 (.i3(w188), .i4(w319), .i7(w308), .o11(w330), .o13(w332) );
	ym6045c_cell_23 g199 (.o5(w334), .i10(w4), .i11(w193) );
	ym6045c_cell_23 g200 (.o2(w309), .o5(w331), .i10(w333), .i11(w193) );
	ym6045c_cell_10 g201 (.i2(w84), .o3(w333), .i4(w332) );
	ym6045c_cell_8 g202 (.o1(w9), .i2(w309), .i3(w335) );
	ym6045c_cell_10 g203 (.i2(w334), .o3(w84), .i4(w335) );
	ym6045c_cell_23 g204 (.o5(w336), .i10(w335), .i11(w188) );
	ym6045c_cell_10 g205 (.i2(w335), .o3(w4), .i4(w336) );
	ym6045c_cell_10 g206 (.i2(w330), .o3(w302), .i4(w4) );
	ym6045c_cell_10 g207 (.i2(w345), .o3(w337), .i4(w66) );
	ym6045c_cell_1 g208 (.i2(w23), .o3(w304) );
	ym6045c_cell_3 g209 (.i2h(w207), .i2l(w66), .i3h(w294), .i3l(w304), .o4(w326) );
	ym6045c_cell_2 g210 (.o4(w305), .i9(w308), .i11(w309), .i13(w193) );
	ym6045c_cell_8 g211 (.o1(w8), .i2(w305), .i3(w363) );
	ym6045c_cell_10 g212 (.i2(w361), .o3(w80), .i4(w301) );
	ym6045c_cell_18 g213 (.o1(w335), .i2(w306), .i3(w66), .i4(w362) );
	ym6045c_cell_5 g214 (.i1(w307), .i2(w85), .o3(w306) );
	ym6045c_cell_9 g215 (.i3(w193), .i4(w85), .i7(w308), .o13(w307) );
	ym6045c_cell_21 g216 (.o1(w366), .i2(w365), .i3(w110), .i4(w62), .i5(w61) );
	ym6045c_cell_9 g217 (.i3(w193), .i4(w360), .i7(w308), .o11(w363), .o13(w364) );
	ym6045c_cell_6 g218 (.o2(w85), .i3(w360), .i4(w364) );
	ym6045c_cell_6 g219 (.o2(w308), .i3(w37), .i4(w247) );
	ym6045c_cell_6 g220 (.o2(w353), .i3(w237), .i4(w58) );
	ym6045c_cell_6 g221 (.o2(w368), .i3(w58), .i4(w310) );
	ym6045c_cell_6 g222 (.o2(w355), .i3(w241), .i4(w58) );
	ym6045c_cell_6 g223 (.o2(w369), .i3(w313), .i4(w58) );
	ym6045c_cell_37 g224 (.i1(w365), .i2(w299), .i3(w314), .i4(w370), .o5(w244), .i6(w372), .i7(w371), .i8(w381), .i9(w294) );
	ym6045c_cell_21 g225 (.o1(w382), .i2(w371), .i3(w381), .i4(w370), .i5(w372) );
	ym6045c_cell_1 g226 (.i2(w58), .o3(w359) );
	ym6045c_cell_2 g227 (.o2(w311), .i9(w259), .i11(w380), .i13(w235) );
	ym6045c_cell_2 g228 (.o4(w380), .i9(w259), .i11(w259), .i13(w235) );
	ym6045c_cell_12 g229 (.o1(w315), .i2(w366), .i3(w382), .i4(w373) );
	ym6045c_cell_18 g230 (.o1(w258), .i2(w113), .i3(w373), .i4(w382) );
	ym6045c_cell_38 g231 (.o2(w235), .i10(w259), .i12(w383) );
	ym6045c_cell_7 g232 (.o2(w259), .i3(w247) );
	ym6045c_cell_1 g233 (.i2(w342), .o3(w262) );
	ym6045c_cell_6 g234 (.o2(w385), .i3(w58), .i4(w297) );
	ym6045c_cell_6 g235 (.o2(w384), .i3(w58), .i4(w298) );
	ym6045c_cell_6 g236 (.o2(w386), .i3(w58), .i4(w243) );
	ym6045c_cell_6 g237 (.o2(w388), .i3(w58), .i4(w242) );
	ym6045c_cell_7 g238 (.o2(w324), .i3(w449) );
	ym6045c_cell_8 g239 (.o1(w449), .i2(w367), .i3(w295) );
	ym6045c_cell_8 g240 (.o1(w296), .i2(w377), .i3(w367) );
	ym6045c_cell_8 g241 (.o1(w182), .i2(w295), .i3(w296) );
	ym6045c_cell_9 g242 (.i3(w349), .i4(w390), .i7(w387), .o11(w390), .o13(w257) );
	ym6045c_cell_1 g243 (.i2(w291), .o3(w349) );
	ym6045c_cell_10 g244 (.i2(w301), .o3(w279), .i4(w291) );
	ym6045c_cell_7 g245 (.o2(w395), .i3(w225) );
	ym6045c_cell_1 g246 (.i2(w442), .o3(w391) );
	ym6045c_cell_2 g247 (.o4(w392), .i9(w391), .i11(w111), .i13(w393) );
	ym6045c_cell_6 g248 (.o2(w288), .i3(w291), .i4(w394) );
	ym6045c_cell_2 g249 (.o2(w172), .o4(w441), .i9(w392), .i11(w434), .i13(w414) );
	ym6045c_cell_2 g250 (.o2(w439), .o4(w293), .i9(w223), .i11(w394), .i13(w414) );
	ym6045c_cell_39 g251 (.o1(w442), .i2(w439), .i3(w223), .i4(w394) );
	ym6045c_cell_2 g252 (.o2(w292), .o4(w434), .i9(w392), .i11(w393), .i13(w188) );
	ym6045c_cell_10 g253 (.i2(w179), .o3(w413), .i4(w185) );
	ym6045c_cell_1 g254 (.i2(w188), .o3(w414) );
	ym6045c_cell_1 g255 (.i2(w217), .o3(w393) );
	ym6045c_cell_1 g256 (.i2(w37), .o3(w407) );
	ym6045c_cell_18 g257 (.o1(w301), .i2(w409), .i3(w217), .i4(w407) );
	ym6045c_cell_1 g258 (.i2(w282), .o3(w409) );
	ym6045c_cell_1 g259 (.i2(w157), .o3(w412) );
	ym6045c_cell_23 g260 (.o2(w415), .o5(w286), .i10(w228), .i11(w412) );
	ym6045c_cell_23 g261 (.o2(w411), .i10(w410), .i11(w193) );
	ym6045c_cell_5 g262 (.i1(w229), .i2(w285), .o3(w410) );
	ym6045c_cell_4 g263 (.i1(w411), .i2(w285), .i3(w229), .o4(w284) );
	ym6045c_cell_23 g264 (.o5(w285), .i10(w229), .i11(w193) );
	ym6045c_cell_28 g265 (.i1(w37), .o2(w94), .i5(w312), .i6(w422) );
	ym6045c_cell_2 g266 (.o4(w422), .i9(w312), .i11(w190), .i13(w283) );
	ym6045c_cell_38 g267 (.o2(w420), .i10(w416), .i12(w408) );
	ym6045c_cell_38 g268 (.o2(w433), .i10(w416), .i12(w420) );
	ym6045c_cell_34 g269 (.o1(w418), .i2(w301) );
	ym6045c_cell_5 g270 (.i1(w301), .i2(w418), .o3(w419) );
	ym6045c_cell_33 g271 (.i2(1'b0) );
	ym6045c_cell_27 g272 (.i2(1'b0) );
	ym6045c_cell_6 g273 (.o2(w450), .i3(w316), .i4(w253) );
	ym6045c_cell_6 g274 (.o2(w451), .i3(w316), .i4(w251) );
	ym6045c_cell_6 g275 (.o2(w452), .i3(w316), .i4(w254) );
	ym6045c_cell_6 g276 (.o2(w453), .i3(w316), .i4(w255) );
	ym6045c_cell_14 g277 (.o3(w317), .i6(w188), .i7(1'b1), .i13(1'b0), .i14(w324), .o15(w321), .i18(w322) );
	ym6045c_cell_14 g278 (.o3(w329), .i6(w188), .i7(1'b1), .i13(1'b0), .i14(w324), .o15(w338), .i18(w321) );
	ym6045c_cell_14 g279 (.o3(w325), .i6(w188), .i7(1'b1), .i13(1'b0), .i14(w324), .o15(w328), .i18(w338) );
	ym6045c_cell_14 g280 (.o3(w327), .i6(w188), .i7(1'b1), .i13(w37), .i14(w324), .i18(w328) );
	ym6045c_cell_6 g281 (.o2(w454), .i3(w316), .i4(w256) );
	ym6045c_cell_6 g282 (.o2(w455), .i3(w316), .i4(w303) );
	ym6045c_cell_6 g283 (.o2(w456), .i3(w249), .i4(w316) );
	ym6045c_cell_6 g284 (.o2(w457), .i3(w250), .i4(w316) );
	ym6045c_cell_15 g285 (.o1(w322), .i2(w324), .i3(w344), .i4(w344) );
	ym6045c_cell_5 g286 (.i1(w343), .i2(w66), .o3(w347) );
	ym6045c_cell_6 g287 (.o2(w348), .i3(w347), .i4(w346) );
	ym6045c_cell_4 g288 (.i1(w342), .i2(w345), .i3(w344), .o4(w346) );
	ym6045c_cell_2 g289 (.o2(w345), .o4(w343), .i9(w342), .i11(w342), .i13(w341) );
	ym6045c_cell_1 g290 (.i2(w362), .o3(w341) );
	ym6045c_cell_1 g291 (.i2(w37), .o3(w340) );
	ym6045c_cell_10 g292 (.i2(w82), .o3(w362), .i4(w340) );
	ym6045c_cell_1 g293 (.i2(w359), .o3(w316) );
	ym6045c_cell_9 g294 (.i3(w188), .i4(w348), .i7(w308), .o13(w360) );
	ym6045c_cell_6 g295 (.o2(w367), .i3(w344), .i4(w339) );
	ym6045c_cell_15 g296 (.o1(w361), .i2(w66), .i3(w352), .i4(w349) );
	ym6045c_cell_9 g297 (.i3(w349), .i4(w66), .i7(w351), .o13(w352) );
	ym6045c_cell_1 g298 (.i2(w301), .o3(w351) );
	ym6045c_cell_10 g299 (.i2(w23), .o3(w350), .i4(w125) );
	ym6045c_cell_22 g300 (.i1(w37), .o2(w459), .i6(w109), .i7(w368), .i8(w125), .i9(w355), .o11(w458), .o12(w354), .i13(w369), .i14(w350), .i15(w34), .i17(w353), .o19(w465) );
	ym6045c_cell_1 g301 (.i2(w301), .o3(w357) );
	ym6045c_cell_30 g302 (.o2(w358), .i3(w343), .i4(w357), .i5(w344), .i6(w356) );
	ym6045c_cell_9 g303 (.i3(w188), .i4(w379), .i7(w247), .o11(w342), .o13(w356) );
	ym6045c_cell_12 g304 (.o1(w379), .i2(w358), .i3(w367), .i4(w377) );
	ym6045c_cell_1 g305 (.i2(w294), .o3(w466) );
	ym6045c_cell_3 g306 (.i2h(w37), .i2l(w466), .i3h(w66), .i3l(w23), .o4(w373) );
	ym6045c_cell_38 g307 (.o2(w378), .i10(w374), .i12(w375) );
	ym6045c_cell_38 g308 (.o2(w375), .i10(w374), .i12(w376) );
	ym6045c_cell_38 g309 (.o2(w376), .i10(w374), .i12(w445) );
	ym6045c_cell_8 g310 (.o1(w445), .i2(w342), .i3(w440) );
	ym6045c_cell_38 g311 (.o2(w437), .i10(w374), .i12(w378) );
	ym6045c_cell_10 g312 (.i2(w359), .o3(w389), .i4(w385) );
	ym6045c_cell_10 g313 (.i2(w384), .o3(w444), .i4(w359) );
	ym6045c_cell_22 g314 (.i1(w37), .o2(w460), .i6(1'b0), .i7(w389), .i8(1'b0), .i9(w444), .o11(w396), .o12(w397), .i13(w386), .i14(1'b0), .i15(w94), .i17(w388), .o19(w467) );
	ym6045c_cell_1 g315 (.i2(w295), .o3(w374) );
	ym6045c_cell_10 g316 (.i2(w159), .o3(w461), .i4(w281) );
	ym6045c_cell_10 g317 (.i2(w395), .o3(w462), .i4(w159) );
	ym6045c_cell_10 g318 (.i2(w415), .o3(w35), .i4(w125) );
	ym6045c_cell_8 g319 (.o1(w377), .i2(w240), .i3(w406) );
	ym6045c_cell_1 g320 (.i2(w295), .o3(w416) );
	ym6045c_cell_2 g321 (.o4(w394), .i9(w392), .i11(w441), .i13(w188) );
	ym6045c_cell_38 g322 (.o2(w383), .i10(w416), .i12(w433) );
	ym6045c_cell_6 g323 (.o2(w387), .i3(w66), .i4(w419) );
	ym6045c_cell_7 g324 (.o2(w240), .i3(w37) );
	ym6045c_cell_8 g325 (.o1(w440), .i2(w240), .i3(w436) );
	ym6045c_cell_10 g326 (.i2(w438), .o3(w401), .i4(w437) );
	ym6045c_cell_8 g327 (.o1(w438), .i2(w240), .i3(w435) );
	ym6045c_cell_1 g328 (.i2(w405), .o3(w406) );
	ym6045c_cell_1 g329 (.i2(w403), .o3(w435) );
	ym6045c_cell_1 g330 (.i2(w404), .o3(w436) );
	ym6045c_cell_25 g331 (.i1(w398), .o2(w402), .o3(w403), .i6(w399), .o10(w404), .o11(w405) );
	ym6045c_cell_5 g332 (.i1(w402), .i2(w281), .o3(w280) );
	ym6045c_cell_10 g333 (.i2(w280), .o3(w400), .i4(w82) );
	ym6045c_cell_38 g334 (.o2(w408), .i10(w416), .i12(w401) );
	ym6045c_cell_6 g335 (.o2(w463), .i3(w312), .i4(w37) );
	ym6045c_cell_6 g336 (.o2(w344), .i3(1'b1), .i4(w431) );
	ym6045c_cell_14 g337 (.o3(w425), .i6(w188), .i7(1'b1), .i13(1'b0), .i14(w324), .i18(w423) );
	ym6045c_cell_14 g338 (.o3(w428), .i6(w188), .i7(1'b1), .i13(1'b0), .i14(w324), .o15(w423), .i18(w424) );
	ym6045c_cell_30 g339 (.o2(w431), .i3(w425), .i4(w428), .i5(w430), .i6(w421) );
	ym6045c_cell_14 g340 (.o3(w430), .i6(w188), .i7(1'b1), .i13(1'b0), .i14(w324), .o15(w424), .i18(w427) );
	ym6045c_cell_14 g341 (.o3(w421), .i6(w188), .i7(1'b1), .i13(1'b0), .i14(w324), .o15(w427), .i18(w432) );
	ym6045c_cell_15 g342 (.o1(w432), .i2(w324), .i3(1'b1), .i4(1'b1) );
	ym6045c_cell_10 g343 (.i2(w159), .o3(w464), .i4(w160) );
endmodule // ym6045c

// Module Definitions [It is possible to wrap here on your primitives]

module ym6045c_cell_1 (  i2, o3);

	input wire i2;
	output wire o3;

endmodule // ym6045c_cell_1

module ym6045c_cell_6 (  o2, i3, i4);

	output wire o2;
	input wire i3;
	input wire i4;

endmodule // ym6045c_cell_6

module ym6045c_cell_5 (  i1, i2, o3);

	input wire i1;
	input wire i2;
	output wire o3;

endmodule // ym6045c_cell_5

module ym6045c_cell_7 (  o2, i3);

	output wire o2;
	input wire i3;

endmodule // ym6045c_cell_7

module ym6045c_cell_4 (  i1, i2, i3, o4);

	input wire i1;
	input wire i2;
	input wire i3;
	output wire o4;

endmodule // ym6045c_cell_4

module ym6045c_cell_16 (  o2, i4);

	output wire o2;
	input wire i4;

endmodule // ym6045c_cell_16

module ym6045c_cell_14 (  o2, o3, i6, i7, i13, i14, o15, i18);

	output wire o2;
	output wire o3;
	input wire i6;
	input wire i7;
	input wire i13;
	input wire i14;
	output wire o15;
	input wire i18;

endmodule // ym6045c_cell_14

module ym6045c_cell_29 (  o1, i2, i3, i4, i5, i6, i7);

	output wire o1;
	input wire i2;
	input wire i3;
	input wire i4;
	input wire i5;
	input wire i6;
	input wire i7;

endmodule // ym6045c_cell_29

module ym6045c_cell_30 (  o2, i3, i4, i5, i6);

	output wire o2;
	input wire i3;
	input wire i4;
	input wire i5;
	input wire i6;

endmodule // ym6045c_cell_30

module ym6045c_cell_9 (  i3, i4, i7, o11, o13);

	input wire i3;
	input wire i4;
	input wire i7;
	output wire o11;
	output wire o13;

endmodule // ym6045c_cell_9

module ym6045c_cell_31 (  i2, i3, i4, i13, o16, o17);

	input wire i2;
	input wire i3;
	input wire i4;
	input wire i13;
	output wire o16;
	output wire o17;

endmodule // ym6045c_cell_31

module ym6045c_cell_32 (  i1, o2);

	input wire i1;
	output wire o2;

endmodule // ym6045c_cell_32

module ym6045c_cell_27 (  o1, i2);

	output wire o1;
	input wire i2;

endmodule // ym6045c_cell_27

module ym6045c_cell_33 (  o1, i2);

	output wire o1;
	input wire i2;

endmodule // ym6045c_cell_33

module ym6045c_cell_34 (  o1, i2);

	output wire o1;
	input wire i2;

endmodule // ym6045c_cell_34

module ym6045c_cell_19 (  o1, i2, i3, i4, i5);

	output wire o1;
	input wire i2;
	input wire i3;
	input wire i4;
	input wire i5;

endmodule // ym6045c_cell_19

module ym6045c_cell_10 (  i2, o3, i4);

	input wire i2;
	output wire o3;
	input wire i4;

endmodule // ym6045c_cell_10

module ym6045c_cell_8 (  o1, i2, i3);

	output wire o1;
	input wire i2;
	input wire i3;

endmodule // ym6045c_cell_8

module ym6045c_cell_18 (  o1, i2, i3, i4);

	output wire o1;
	input wire i2;
	input wire i3;
	input wire i4;

endmodule // ym6045c_cell_18

module ym6045c_cell_3 (  i2h, i2l, i3h, i3l, o4);

	input wire i2h;
	input wire i2l;
	input wire i3h;
	input wire i3l;
	output wire o4;

endmodule // ym6045c_cell_3

module ym6045c_cell_15 (  o1, i2, i3, i4);

	output wire o1;
	input wire i2;
	input wire i3;
	input wire i4;

endmodule // ym6045c_cell_15

module ym6045c_cell_24 (  i1h, i1l, i2h, i2l, i4h, i4l, o7);

	input wire i1h;
	input wire i1l;
	input wire i2h;
	input wire i2l;
	input wire i4h;
	input wire i4l;
	output wire o7;

endmodule // ym6045c_cell_24

module ym6045c_cell_21 (  o1, i2, i3, i4, i5);

	output wire o1;
	input wire i2;
	input wire i3;
	input wire i4;
	input wire i5;

endmodule // ym6045c_cell_21

module ym6045c_cell_23 (  o2, o5, i10, i11);

	output wire o2;
	output wire o5;
	input wire i10;
	input wire i11;

endmodule // ym6045c_cell_23

module ym6045c_cell_12 (  o1, i2, i3, i4);

	output wire o1;
	input wire i2;
	input wire i3;
	input wire i4;

endmodule // ym6045c_cell_12

module ym6045c_cell_2 (  o2, o4, i9, i11, i13);

	output wire o2;
	output wire o4;
	input wire i9;
	input wire i11;
	input wire i13;

endmodule // ym6045c_cell_2

module ym6045c_cell_35 (  o1, i2);

	output wire o1;
	input wire i2;

endmodule // ym6045c_cell_35

module ym6045c_cell_22 (  i1, o2, i6, i7, i8, i9, o11, o12, i13, i14, i15, i17, o19);

	input wire i1;
	output wire o2;
	input wire i6;
	input wire i7;
	input wire i8;
	input wire i9;
	output wire o11;
	output wire o12;
	input wire i13;
	input wire i14;
	input wire i15;
	input wire i17;
	output wire o19;

endmodule // ym6045c_cell_22

module ym6045c_cell_26 (  i2, i4, o5);

	input wire i2;
	input wire i4;
	output wire o5;

endmodule // ym6045c_cell_26

module ym6045c_cell_28 (  i1, o2, i5, i6);

	input wire i1;
	output wire o2;
	input wire i5;
	input wire i6;

endmodule // ym6045c_cell_28

module ym6045c_cell_36 (  i1h, i1l, i2h, i2l, o3, i7h, i7l, i8h, i8l);

	input wire i1h;
	input wire i1l;
	input wire i2h;
	input wire i2l;
	output wire o3;
	input wire i7h;
	input wire i7l;
	input wire i8h;
	input wire i8l;

endmodule // ym6045c_cell_36

module ym6045c_cell_17 (  i2, o3, o10, o16, o23, o29, o36, o42, o49, i56, i57);

	input wire i2;
	output wire o3;
	output wire o10;
	output wire o16;
	output wire o23;
	output wire o29;
	output wire o36;
	output wire o42;
	output wire o49;
	input wire i56;
	input wire i57;

endmodule // ym6045c_cell_17

module ym6045c_cell_25 (  i1, o2, o3, i6, o10, o11);

	input wire i1;
	output wire o2;
	output wire o3;
	input wire i6;
	output wire o10;
	output wire o11;

endmodule // ym6045c_cell_25

module ym6045c_cell_39 (  o1, i2, i3, i4);

	output wire o1;
	input wire i2;
	input wire i3;
	input wire i4;

endmodule // ym6045c_cell_39

module ym6045c_cell_37 (  i1, i2, i3, i4, o5, i6, i7, i8, i9);

	input wire i1;
	input wire i2;
	input wire i3;
	input wire i4;
	output wire o5;
	input wire i6;
	input wire i7;
	input wire i8;
	input wire i9;

endmodule // ym6045c_cell_37

module ym6045c_cell_38 (  o1, o2, i10, i12);

	output wire o1;
	output wire o2;
	input wire i10;
	input wire i12;

endmodule // ym6045c_cell_38